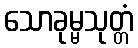
သောခုမ္မသုတ္တံ